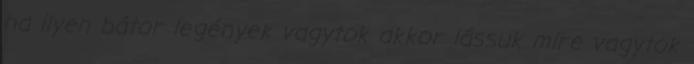
ha ilyen bátor legények vagytok akkor lássuk mire vagytok